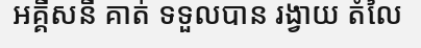
អគ្គីសនី គាត់ ទទួលបាន រង្វាយ តំលៃ